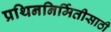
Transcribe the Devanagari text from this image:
प्रथिननिर्मितीसाठी